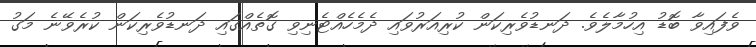
ވެފައިވާ ބޮޑު އިހުމާލެވެ. ދަނޑުވެރިކަން ކުރިއަރުވައި ދެމެހެއްޓެނިވި ގޮތެއްގައި ދަނޑުވެރިކަން ކުރެވޭނެ މަގު